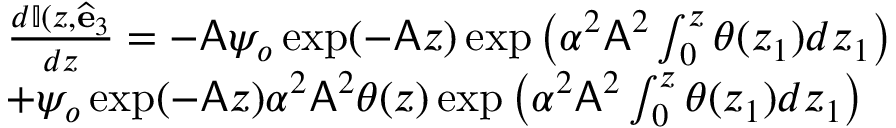
\begin{array} { r l } & { \frac { d \mathbb { I } ( z , \widehat { \mathbf { e } } _ { 3 } } { d z } = - \mathsf { A } \psi _ { o } \exp ( - \mathsf { A } z ) \exp \left( \alpha ^ { 2 } \mathsf { A } ^ { 2 } \int _ { 0 } ^ { z } \theta ( z _ { 1 } ) d z _ { 1 } \right) } \\ & { + \psi _ { o } \exp ( - \mathsf { A } z ) \alpha ^ { 2 } \mathsf { A } ^ { 2 } \theta ( z ) \exp \left( \alpha ^ { 2 } \mathsf { A } ^ { 2 } \int _ { 0 } ^ { z } \theta ( z _ { 1 } ) d z _ { 1 } \right) } \end{array}